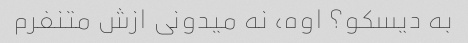
به دیسکو؟ اوه، نه میدونی ازش متنفرم